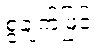
စွဲချက်ဖြင့်